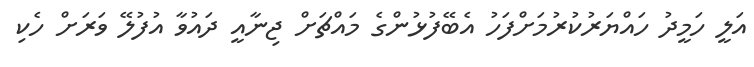
އަލީ ހަމީދު ހައްޔަރުކުރުމަށްފަހު އެބޭފުޅުންގެ މައްޗަށް ޖިނާއީ ދައުވާ އުފުލޭ ވަރަށް ހެކި